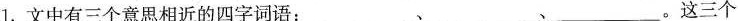
1.文中有三个意思相近的四字词语：_________、_________、_________。这三个